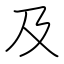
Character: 及